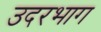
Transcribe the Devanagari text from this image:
उदरभाग